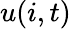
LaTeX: u(i,t)